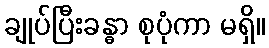
ချုပ်ပြီးခန္ဓာ စုပုံကာ မရှိ။